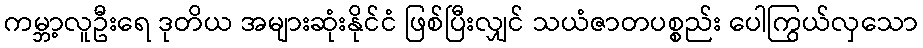
ကမ္ဘာ့လူဦးရေ ဒုတိယ အများဆုံးနိုင်ငံ ဖြစ်ပြီးလျှင် သယံဇာတပစ္စည်း ပေါကြွယ်လှသော